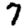
Digit: 7